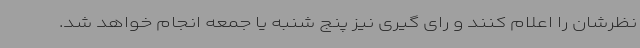
نظرشان را اعلام کنند و رای گیری نیز پنج شنبه یا جمعه انجام خواهد شد.